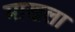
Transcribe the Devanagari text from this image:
माखला